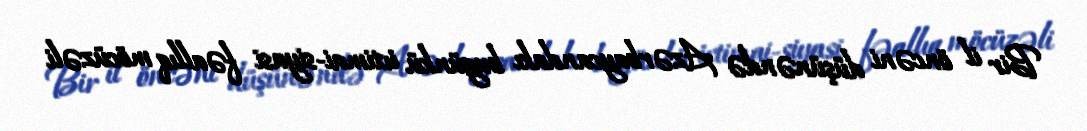
Bir il öncəni düşünəndə Azərbaycandakı bugünkü ictimai-siyasi fəallıq möcüzəli